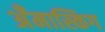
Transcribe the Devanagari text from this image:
अँमास्किग